Papers set at the Examination for Leaving Certificates, 1893
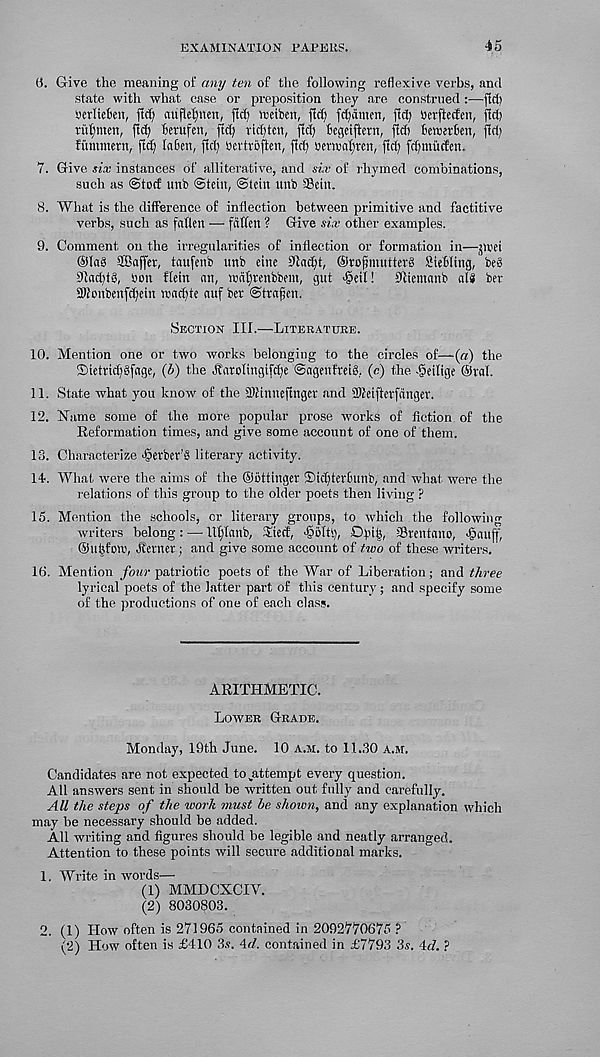
EXAMINATION PAPERS.
45
6. Give the meaning of any ten of the following reflexive verbs, and
state with what case or preposition they are construed :—fid)
Derliekn, ftcf) nuflelpten, fief) weiben, fief) f^dmen, ftcl; betfteden, fid)
titfjmen, fi^ betufen, fid) rtd)tcn, fid) Begeiftcrn, fid) Bemetben, fid)
fumntetn, fid) laBen, fid) aevtrofien, fid) setwafitcrt, fid) fcfmiudcn.
7. Give six instances of alliterative, and six of rhymed combinations,
such as ©tod: unb Stein, ©tein unb SSein.
8. What is the difference of inflection between primitive and factitive
verbs, such as fatten — fatten ? Give six other examples.
9. Comment on the irregularities of inflection or formation in—jtoet
©lag ttBaffet, taufenb unb eine 91ad)t, ©rofimutterg SieBling, beg
01ad)tg, bon flein an, wdfjtenbbem, gut 'getl! 0itemanb alg ber
3Wonbenfd)ein wadfte auf ber ©traffen.
Section III.—Literature.
10. Mention one or two works belonging to the circles of—(«) the
©ietridfgfage, {b) the jt'arolingifdfe ©agenfreig, (c) the -getlige ©ral.
11. State what you know of the SKtnneftnger and ttUeiflerfdnger.
12. Name some of the more popular prose works of fiction of the
Reformation times, and give some account of one of them.
13. Characterize •fjerber’g literary activity.
14. What were the aims of the ©ottinger !Did)terBunb, and what were the
relations of this group to the older poets then living ?
15. Mention the schools, or literary groups, to which the following
writers belong: — llt)lanb, 3tecf, >@011' .), Dptij, SSrentano, ■@auff,
©utttoto, Jferner; and give some account of two of these writers.
16. Mention four patriotic poets of the War of Liberation; and three
lyrical poets of the latter part of this century; and specify some
of the productions of one of each class.
ARITHMETIC.
Lower Grade.
Monday, 19th June. 10 a.m. to 11.30 a.m.
Candidates are not expected to^attempt every question.
All answers sent in should be written out fully and carefully.
All the steps of the work must be shown, and any explanation which
may he necessary should be added.
All writing and figures should be legible and neatly arranged.
Attention to these points will secure additional marks.
1. Write in words—
(1) MMDCXCIV.
(2) 8030803.
2. (1) How often is 271965 contained in 2092770675 ?
(2) How often is £410 3s. 4<7. contained in £7793 3s. 4<7. ?